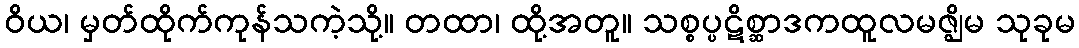
ဝိယ၊ မှတ်ထိုက်ကုန်သကဲ့သို့။ တထာ၊ ထို့အတူ။ သစ္စပ္ပဋိစ္ဆာဒကထူလမဇ္ဈိမ သုခုမ